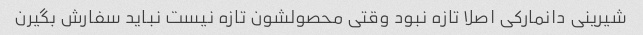
شیرینی دانمارکی اصلا تازه نبود وقتی محصولشون تازه نیست نباید سفارش بگیرن